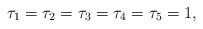
LaTeX: \begin{align*} \tau_1=\tau_2=\tau_3=\tau_4=\tau_5=1,\end{align*}